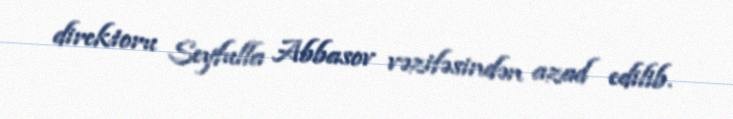
direktoru Seyfulla Abbasov vəzifəsindən azad edilib.